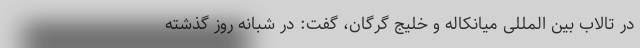
در تالاب بین المللی میانکاله و خلیج گرگان، گفت: در شبانه روز گذشته